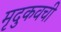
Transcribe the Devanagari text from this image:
मृदुकवची